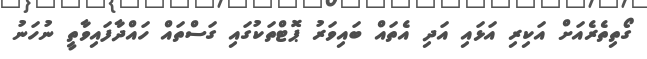
ގޯތިތެރެއަށް އަކިރި އަޅައި އަދި އެތައް ބައިވަރު ޕޮޓްތަކުގައި ގަސްތައް ހައްދާފައިވާތީ ނުހަނު